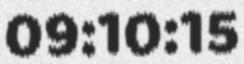
09:10:15